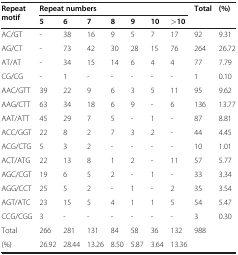
| <ROWSPAN=2> Repeat motif | <COLSPAN=7> Repeat numbers | <ROWSPAN=2> Total | <ROWSPAN=2> (%) |
 | 5 | 6 | 7 | 8 | 9 | 10 | >10 |
 | --- | --- | --- | --- | --- | --- | --- | --- | --- | --- |
 | AC/GT | - | 38 | 16 | 9 | 5 | 7 | 17 | 92 | 9.31 |
 | AG/CT | - | 73 | 42 | 30 | 28 | 15 | 76 | 264 | 26.72 |
 | AT/AT | - | 34 | 15 | 14 | 6 | 4 | 4 | 77 | 7.79 |
 | CG/CG | - | 1 | - | - | - | - | - | 1 | 0.10 |
 | AAC/GTT | 39 | 22 | 9 | 6 | 3 | 5 | 11 | 95 | 9.62 |
 | AAG/CTT | 63 | 34 | 18 | 6 | 9 | - | 6 | 136 | 13.77 |
 | AAT/ATT | 45 | 29 | 7 | 5 | - | 1 | - | 87 | 8.81 |
 | ACC/GGT | 22 | 8 | 2 | 7 | 3 | 2 | - | 44 | 4.45 |
 | ACG/CTG | 5 | 3 | 2 | - | - | - | - | 10 | 1.01 |
 | ACT/ATG | 22 | 13 | 8 | 1 | 2 | - | 11 | 57 | 5.77 |
 | AGC/CGT | 19 | 6 | 5 | 2 | - | 1 | - | 33 | 3.34 |
 | AGG/CCT | 25 | 5 | 2 | - | 1 | - | 2 | 35 | 3.54 |
 | AGT/ATC | 23 | 15 | 5 | 4 | 1 | 1 | 5 | 54 | 5.47 |
 | CCG/CGG | 3 | - | - | - | - | - | - | 3 | 0.30 |
 | Total | 266 | 281 | 131 | 84 | 58 | 36 | 132 | 988 |  |
 | (%) | 26.92 | 28.44 | 13.26 | 8.50 | 5.87 | 3.64 | 13.36 |  |  |